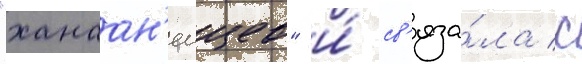
"ханаан'еицев" и́ св'яза́ла с